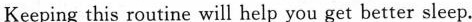
Keeping this routine will help you get better sleep.